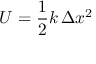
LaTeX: U = { \frac { 1 } { 2 } } k \, \Delta x ^ { 2 }